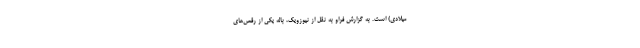
میلادی) است. به گزارش فراو به نقل از نیوزویک، باله یکی از رقص‌های